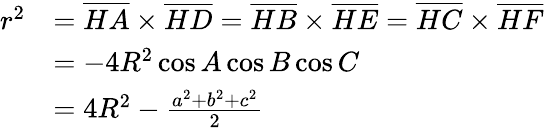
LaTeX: {\begin{array}{rl}{r^{2}}&{={\overline{{HA}}}\times{\overline{{HD}}}={\overline{{HB}}}\times{\overline{{HE}}}={\overline{{HC}}}\times{\overline{{HF}}}}\\ &{=-4R^{2}\cos A\cos B\cos C}\\ &{=4R^{2}-{\frac{a^{2}+b^{2}+c^{2}}{2}}}\end{array}}